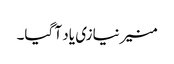
منیر نیازی یاد آ گیا۔